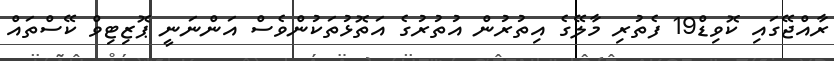
ރާއްޖޭގައި ކޮވިޑް19 ފެތުރި މާލޭގެ އިތުރުން އުތުރުގެ އަތޮޅުތަކުންވެސް އަންނަނީ ޕޮޒިޓިވް ކޭސްތައް